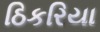
ઠિકરિયા